Indian journal of veterinary science and animal husbandry - Volumes 15-17, 1948-1951
Year: 1948
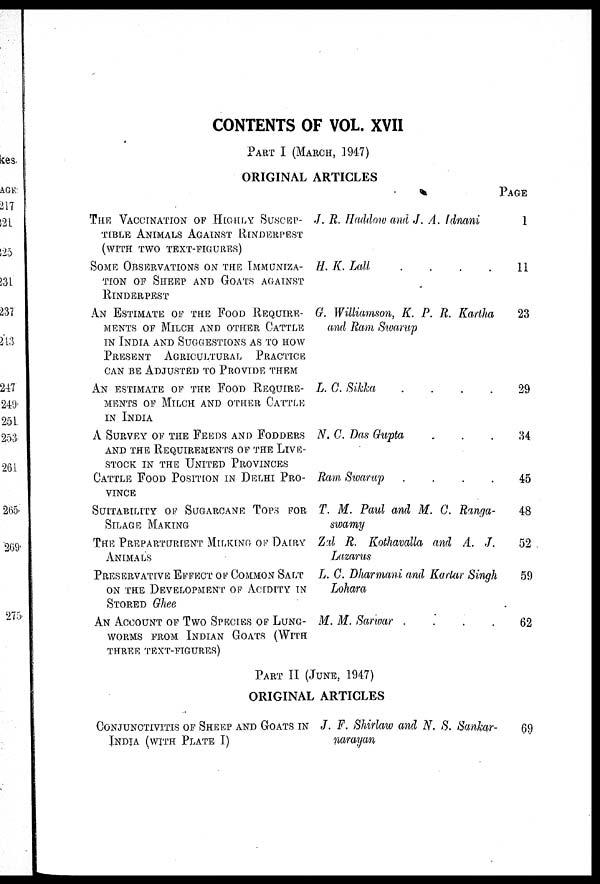
CONTENTS OF VOL. XVII
PART I (MARCH, 1947)
ORIGINAL ARTICLES
THE VACCINATION OF HIGHLY SUSCEP-
TIBLE ANIMALS AGAINST RINDERPEST
(WITH TWO TEXT-FIGURES)
SOME OBSERVATIONS ON THE IMMUNIZA-
TION OF SHEEP AND GOATS AGAINST
RINDERPEST
AN ESTIMATE OF THE FOOD REQUIRE-
MENTS OF MILCH AND OTHER CATTLE
IN INDIA AND SUGGESTIONS AS TO HOW
PRESENT AGRICULTURAL PRACTICE
CAN BE ADJUSTED TO PROVIDE THEM
AN ESTIMATE OF THE FOOD REQUIRE-
MENTS OF MILCH AND OTHER CATTLE
IN INDIA
A SURVEY OF THE FEEDS AND FODDERS
AND THE REQUIREMENTS OF THE LIVE-
STOCK IN THE UNITED PROVINCES
CATTLE FOOD POSITION IN DELHI PRO-
VINCE
SUITABILITY OF SUGARCANE TOPS FOR
SILAGE MAKING
THE PREPARTURIENT MILKING OF DAIRY
ANIMALS
PRESERVATIVE EFFECT OF COMMON SALT
ON THE DEVELOPMENT OF ACIDITY IN
STORED Ghee
AN ACCOUNT OF TWO SPECIES OF LUNG-
WORMS FROM INDIAN GOATS (WITH
THREE TEXT-FIGURES)
J. R. Haddow and J. A. Idnani
H. K. Lall
.
.
.
.
G. Williamson, K. P. R. Kartha
and Ram Swarup
L. C. Sikka . . . .
N. C. Das Gupta . . .
Ram Swarup
.
.
.
.
T. M. Paul and M. C. Ranga-
swamy
Zal R. Kothavalla and A. J.
Lazarus
L. C. Dharmani and Kartar Singh
Lohara
M. M. Sarwar
.
.
.
.
PAGE
1
11
23
29
34
45
48
52
59
62
PART II (JUNE, 1947)
ORIGINAL ARTICLES
CONJUNCTIVITIS OF SHEEP AND GOATS IN
INDIA (WITH PLATE I)
J. F. Shirlaw and N. S. Sankar-
narayan
69